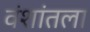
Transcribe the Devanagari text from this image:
वंशांतला